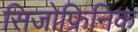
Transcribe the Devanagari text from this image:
सिजोफ्रिनिक